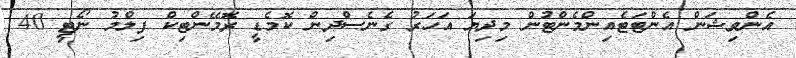
އެންވިޝަން އެންޓަޓެއިންމެންޓުން މިދިޔަ އަހަރު ގެނެސްދިން ކޮމެޑީ ރޮމޭންޓިކް ފިލްމު ނޯޓީ 40